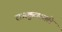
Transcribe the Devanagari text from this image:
राजकुळातले